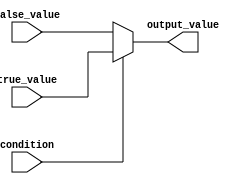
module ConditionalOperatorAssignment(
    input wire condition,         // Input condition for the ternary operation
    input wire [7:0] true_value, // Value to assign if condition is true
    input wire [7:0] false_value, // Value to assign if condition is false
    output reg [7:0] output_value // Output value based on the condition
);

// Behavioral modeling using the ternary operator
always @(*) begin
    output_value = (condition) ? true_value : false_value;
end

endmodule